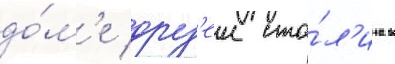
до́м'е друз'еи ста́л'ина в